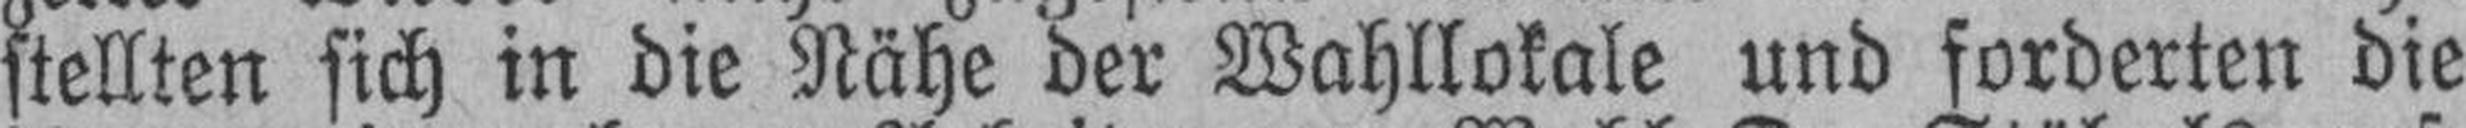
stellten sich in die Nähe der Wahllokale und forderten die